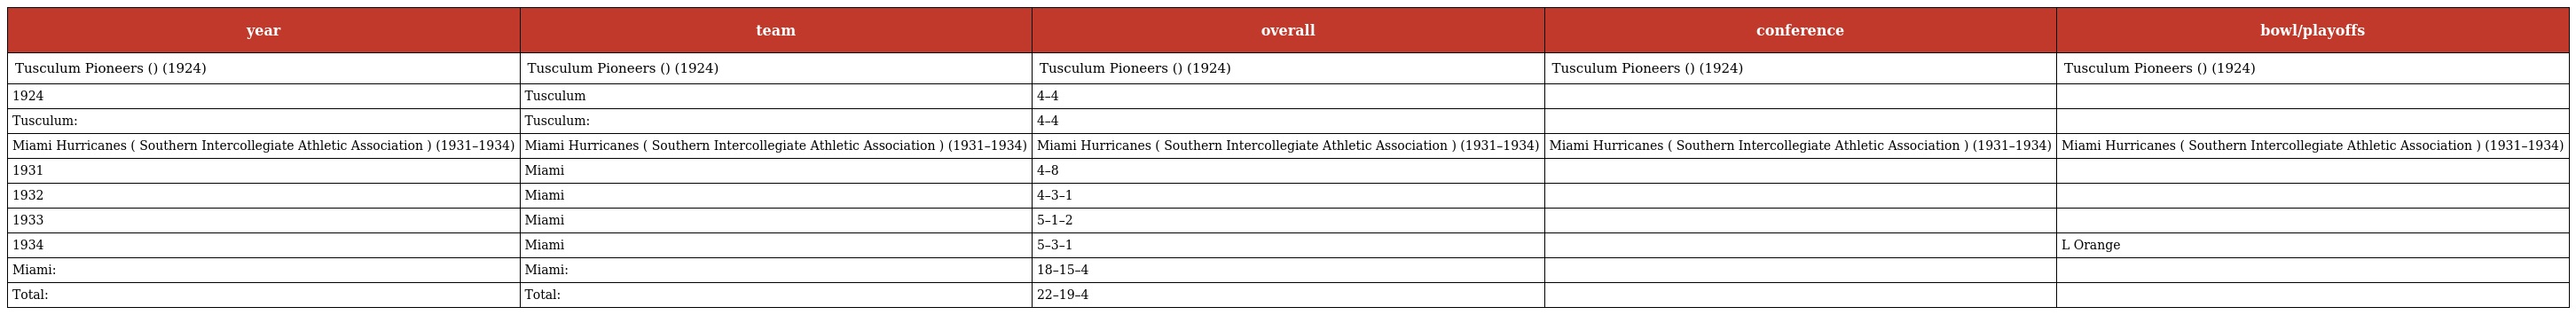
| year | team | overall | conference | bowl/playoffs |
 | --- | --- | --- | --- | --- |
 | Tusculum Pioneers () (1924) | Tusculum Pioneers () (1924) | Tusculum Pioneers () (1924) | Tusculum Pioneers () (1924) | Tusculum Pioneers () (1924) |
 | 1924 | Tusculum | 4–4 |  |  |
 | Tusculum: | Tusculum: | 4–4 |  |  |
 | Miami Hurricanes ( Southern Intercollegiate Athletic Association ) (1931–1934) | Miami Hurricanes ( Southern Intercollegiate Athletic Association ) (1931–1934) | Miami Hurricanes ( Southern Intercollegiate Athletic Association ) (1931–1934) | Miami Hurricanes ( Southern Intercollegiate Athletic Association ) (1931–1934) | Miami Hurricanes ( Southern Intercollegiate Athletic Association ) (1931–1934) |
 | 1931 | Miami | 4–8 |  |  |
 | 1932 | Miami | 4–3–1 |  |  |
 | 1933 | Miami | 5–1–2 |  |  |
 | 1934 | Miami | 5–3–1 |  | L Orange |
 | Miami: | Miami: | 18–15–4 |  |  |
 | Total: | Total: | 22–19–4 |  |  |